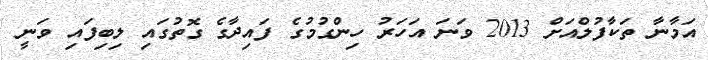
އަމާނާ ތަކާފުލްއަށް 2013 ވަނަ އަހަރު ހިންގުމުގެ ފައިދާގެ ގޮތުގައި ލިބިފައި ވަނީ